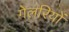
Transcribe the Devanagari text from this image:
गेलरियों